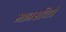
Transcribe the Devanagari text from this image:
मानसचित्रे